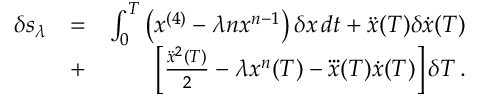
\begin{array} { r l r } { \delta s _ { \lambda } } & { = } & { \int _ { 0 } ^ { T } \left( x ^ { ( 4 ) } - \lambda n x ^ { n - 1 } \right) \delta x \, d t + \ddot { x } ( T ) \delta \dot { x } ( T ) } \\ & { + } & { \left[ \frac { \ddot { x } ^ { 2 } ( T ) } { 2 } - \lambda x ^ { n } ( T ) - \dddot { x } ( T ) \dot { x } ( T ) \right] \delta T \, . } \end{array}